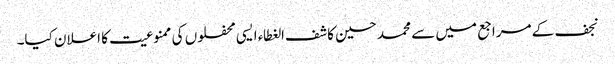
نجف کے مراجع میں سے محمد حسین کاشف‌الغطاء ایسی محفلوں کی ممنوعیت کا اعلان کیا۔